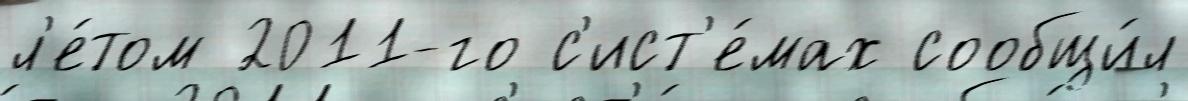
л'е́том 2011-го с'ист'е́мах сообщи́л